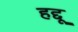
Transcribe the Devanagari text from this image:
हद्दू